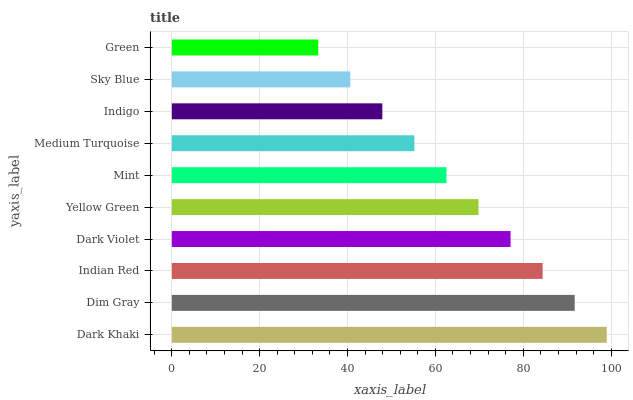
| yaxis_label | bars |
 | --- | --- |
 | Dark Khaki | 99 |
 | Dim Gray | 91.7 |
 | Indian Red | 84.4 |
 | Dark Violet | 77.1 |
 | Yellow Green | 69.8 |
 | Mint | 62.5 |
 | Medium Turquoise | 55.2 |
 | Indigo | 47.9 |
 | Sky Blue | 40.6 |
 | Green | 33.3 |